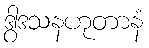
ဒွါဒသနဟုတာနံ